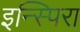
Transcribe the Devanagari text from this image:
इन्स्पिरा